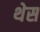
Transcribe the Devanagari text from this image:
थेस